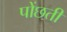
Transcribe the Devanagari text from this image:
पोंछती